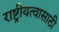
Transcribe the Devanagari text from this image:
राष्ट्रीयत्वासाठी